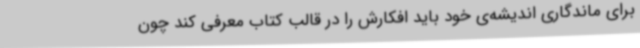
برای ماندگاری اندیشه‌ی خود باید افکارش را در قالب کتاب معرفی کند چون